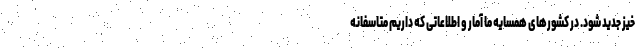
خیز جدید شود. در کشورهای همسایه ما آمار و اطلاعاتی که داریم متاسفانه